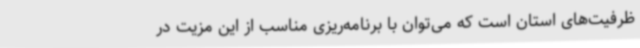
ظرفیت‌های استان است که می‌توان با برنامه‌ریزی مناسب از این مزیت در